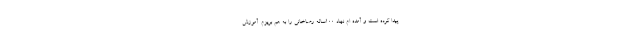
پیدا کرده است و آمده ام نهاد ۱۰۰ساله رضاخانی را به هم بریزم. آموزش